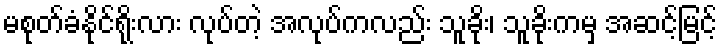
မစုတ်ခံနိုင်ရိုးလား လုပ်တဲ့ အလုပ်ကလည်း သူခိုး၊ သူခိုးကမှ အဆင့်မြင့်